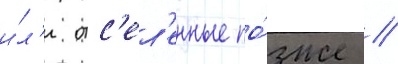
и́л'и отс'ел'енные по́зже //